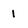
Character: 1